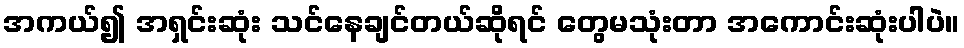
အကယ်၍ အရှင်းဆုံး သင်နေချင်တယ်ဆိုရင် တွေမသုံးတာ အကောင်းဆုံးပါပဲ။